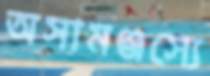
অসামঞ্জস্যে